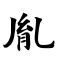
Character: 胤